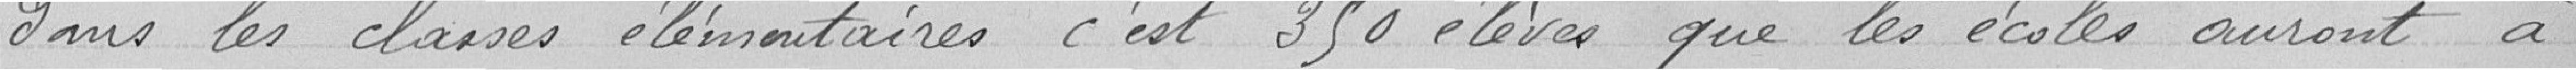
dans les classes élémentaires c'est 350 élèves que les écoles auront à